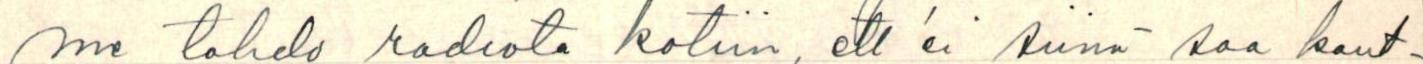
me tahdo radiota kotiin, ett'ei siinä saa kaut-